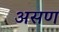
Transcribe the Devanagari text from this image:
असण